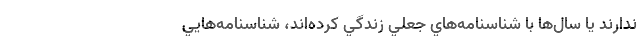
ندارند يا سال‌ها با شناسنامه‌هاي جعلي زندگي كرده‌اند، شناسنامه‌هايي